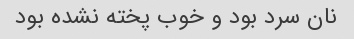
نان سرد بود و خوب پخته نشده بود